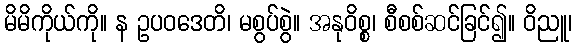
မိမိကိုယ်ကို။ န ဥပဝဒေတိ၊ မစွပ်စွဲ။ အနုဝိစ္စ၊ စီစစ်ဆင်ခြင်၍။ ဝိညူ၊